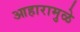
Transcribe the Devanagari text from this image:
आहारामुळे